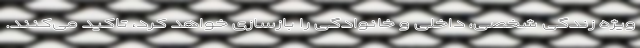
ویژه زندگی شخصی، داخلی و خانوادگی را بازسازی خواهد کرد، تاکید می‌کنند.